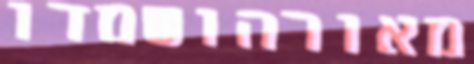
מאורהושמדו